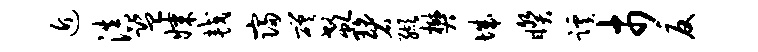
近滇监媒较寝磋欷碧缬樊城睽蹊市反